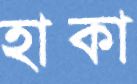
হাকা